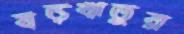
ষড়ঋতুর